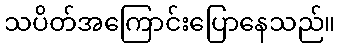
သပိတ်အကြောင်းပြောနေသည်။